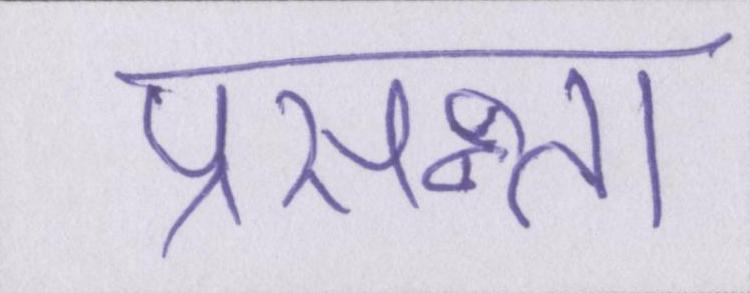
प्रसन्न्ता